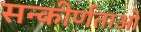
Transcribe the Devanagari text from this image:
सन्कीर्णताओ